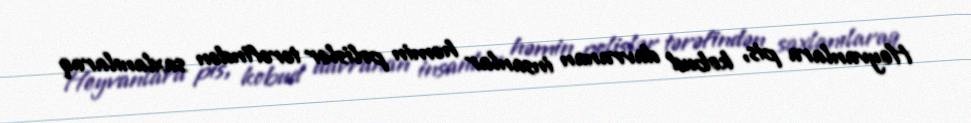
Heyvanlara pis, kobud davranan insanlar həmin polislər tərəfindən saxlanılaraq